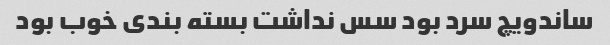
ساندویچ سرد بود سس نداشت بسته بندی خوب بود